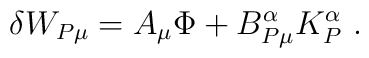
\delta W_{P\mu} = A_{\mu}\Phi + B_{P\mu}^{\alpha}K^{\alpha}_P \ .